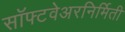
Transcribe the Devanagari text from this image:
सॉफ्टवेअरनिर्मिती